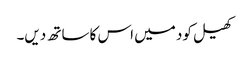
کھیل کود میں اس کا ساتھ دیں۔